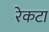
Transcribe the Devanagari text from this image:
रेकटा